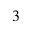
^ 3